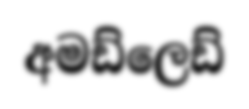
අමඩ්ලෙඩ්